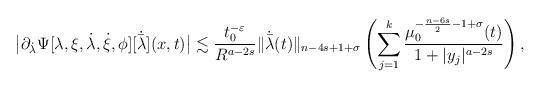
LaTeX: \begin{align*}\big|\partial_{\dot{\lambda}}\Psi[\lambda,\xi,\dot{\lambda},\dot{\xi},\phi][\dot{\bar{\lambda}}](x, t)\big|\lesssim \frac{t_0^{-\varepsilon}}{R^{a-2s}}\|\dot{\bar{\lambda}}(t)\|_{n-4s+1+\sigma}\left(\sum_{j=1}^k\frac{\mu_0^{-\frac{n-6s}{2}-1+\sigma}(t)}{1+|y_j|^{a-2s}}\right),\end{align*}